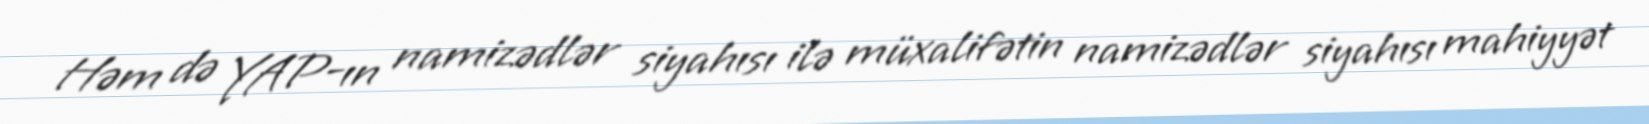
Həm də YAP-ın namizədlər siyahısı ilə müxalifətin namizədlər siyahısı mahiyyət